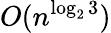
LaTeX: O(n^{\log_{2}3})